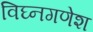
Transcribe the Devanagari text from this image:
विघ्नगणेश